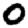
Digit: 0